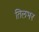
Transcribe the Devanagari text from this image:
तिलभर